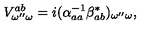
V _ { \omega ^ { \prime \prime } \omega } ^ { a b } = i ( \alpha _ { a a } ^ { - 1 } \beta _ { a b } ^ { * } ) _ { \omega ^ { \prime \prime } \omega } ,